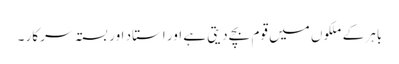
باہر کے ملکوں میں قوم بچے دیتی ہے اور استاد اور بستہ سرکار ۔